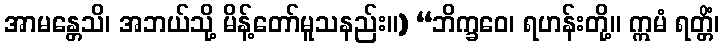
အာမန္တေသိ၊ အဘယ်သို့ မိန့်တော်မူသနည်း။) “ဘိက္ခဝေ၊ ရဟန်းတို့။ ဣမံ ရတ္တိံ၊